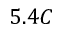
5 . 4 C